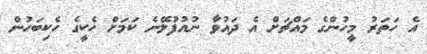
އެ ހަތަރު މީހުންގެ މައްޗަށް އެ ދައުވާ ނުއުފުލޭނެ ކަމަށް ހެކީގެ ހެކިބަހުން